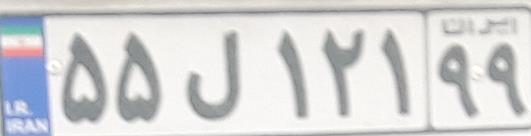
۵۵ل۱۲۱۹۹